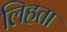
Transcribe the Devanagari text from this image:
लिहता